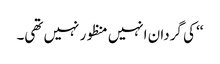
‘‘ کی گردان انہیں منظور نہیں تھی۔